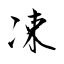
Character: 凁